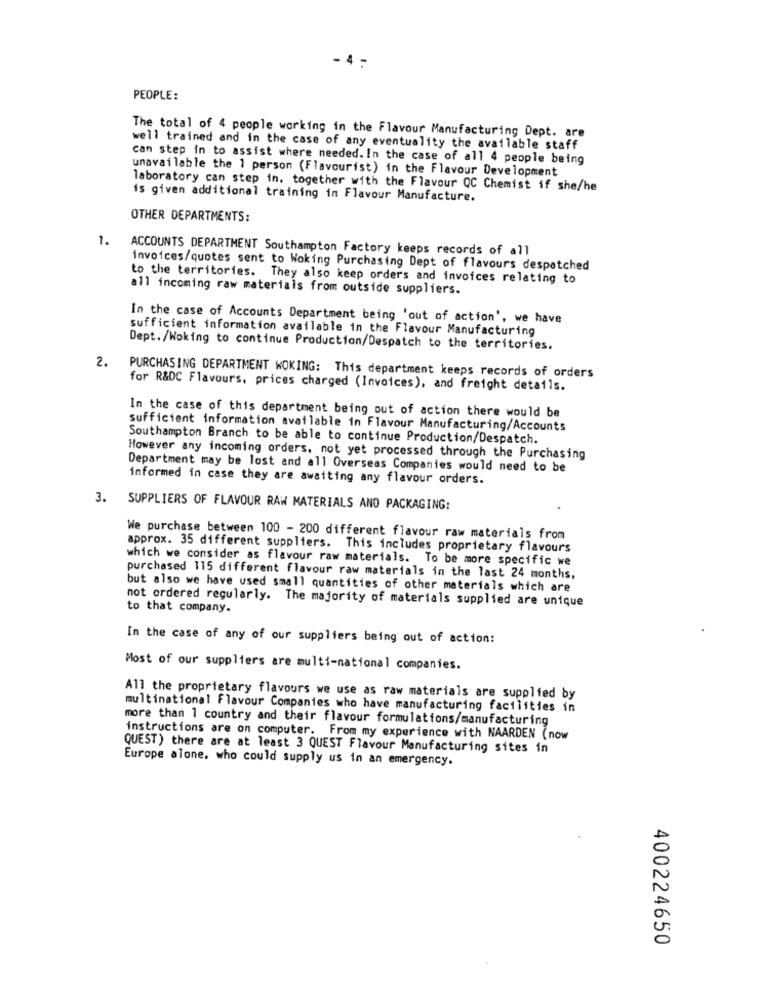
. 4
PEOPLE:
The total of 4 people working in the Flavour Manufacturing Dept. are
well trained and in the case of any eventuality the available staff
can step in to assist where needed. In the case of all 4 people being
unavailable the 1 person (Flavourist) in the Flavour Development
laboratory can step in. together with the Flavour QC Chemist if she/he
is given additional training in Flavour Manufacture.
OTHER DEPARTMENTS:
1.
ACCOUNTS DEPARTMENT Southampton Factory keeps records of all
invoices/quotes sent to Woking Purchasing Dept of flavours despatched
to the territories. They also keep orders and invoices relating to
all incoming raw materials from outside suppliers.
In the case of Accounts Department being 'out of action', we have
sufficient information available in the Flavour Manufacturing
Dept./Woking to continue Production/Despatch to the territories.
2.
PURCHASING DEPARTMENT WOKING: This department keeps records of orders
for R&DC Flavours, prices charged (Invoices), and freight details.
In the case of this department being out of action there would be
sufficient information available in Flavour Manufacturing/Accounts
Southampton Branch to be able to continue Production/Despatch.
However any incoming orders, not yet processed through the Purchasing
Department may be lost and all Overseas Companies would need to be
informed in case they are awaiting any flavour orders.
3. SUPPLIERS OF FLAVOUR RAW MATERIALS AND PACKAGING:
We purchase between 100 - 200 different flavour raw materials from
approx. 35 different suppliers. This includes proprietary flavours
which we consider as flavour raw materials. To be more specific we
purchased 115 different flavour raw materials in the last 24 months,
but also we have used small quantities of other materials which are
not ordered regularly. The majority of materials supplied are unique
to that company.
In the case of any of our suppliers being out of action:
Most of our suppliers are multi-national companies.
All the proprietary flavours we use as raw materials are supplied by
multinational Flavour Companies who have manufacturing facilities in
more than 1 country and their flavour formulations/manufacturing
instructions are on computer. From my experience with NAARDEN (now
QUEST) there are at least 3 QUEST Flavour Manufacturing sites in
Europe alone, who could supply us in an emergency.
400224650